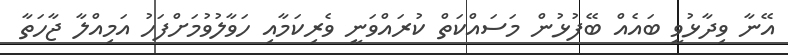
އޭނާ ވިދާޅުވީ ބައެއް ބޭފުޅުން މަސައްކަތް ކުރައްވަނީ ވެރިކަމާއި ހަވާލުވުމަށްފަހު އަމިއްލާ ޖާހަތާ